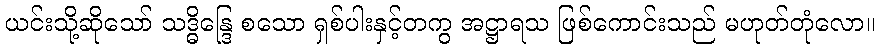
ယင်းသို့ဆိုသော် သဒ္ဓိန္ဒြေ စသော ရှစ်ပါးနှင့်တကွ အဋ္ဌာရသ ဖြစ်ကောင်းသည် မဟုတ်တုံလော။